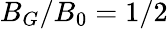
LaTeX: B_{G}/B_{0}=1/2